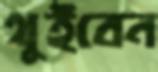
থুইবেন